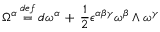
\Omega ^ { \alpha } \, { \stackrel { d e f } { = } } \, d \omega ^ { \alpha } \, + \, \frac { 1 } { 2 } \epsilon ^ { \alpha \beta \gamma } \omega ^ { \beta } \wedge \omega ^ { \gamma }